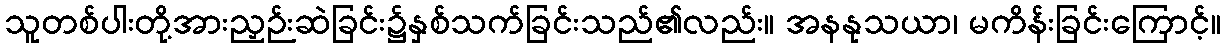
သူတစ်ပါးတို့အားညှဉ်းဆဲခြင်း၌နှစ်သက်ခြင်းသည်၏လည်း။ အနနုသယာ၊ မကိန်းခြင်းကြောင့်။